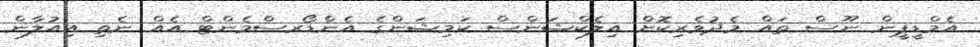
އެމްޑީޕީން ނޫސް ތައް މެދުވެރިކޮށް އިލެކްޝަންސް ކަމިޝަންގެ އެންޑޯރސްމެންޓް އެއް ނެތި އިއުލާން